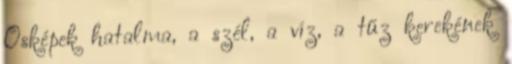
Ősképek hatalma, a szél, a víz, a tűz kerekének